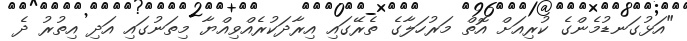
"އަޅުގަނޑުމެންގެ ކުރިއަށް އޮތް މަރުހަލާގެ ތެރޭގައި އިރާދަކުރެއްވިއްޔާ މިތަނުގައި އަދި އިތުރު ދެ